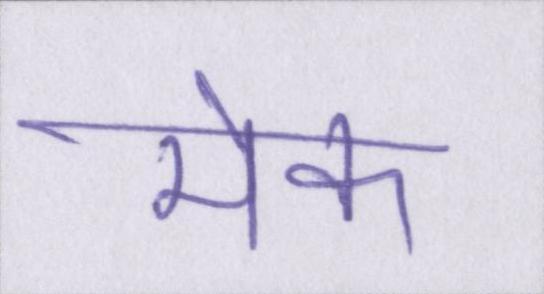
मेक